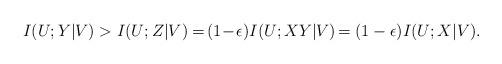
LaTeX: \begin{align*}&I(U;Y|V)>I(U;Z|V)=\!(1\!-\!\epsilon)I(U;XY|V)\!=(1-\epsilon)I(U;X|V).\end{align*}